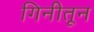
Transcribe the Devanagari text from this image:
गिनीतून